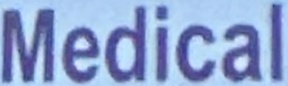
Medical